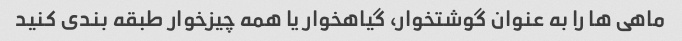
ماهی ها را به عنوان گوشتخوار، گیاهخوار یا همه چیزخوار طبقه بندی کنید